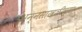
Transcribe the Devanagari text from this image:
अन्नसाखळीच्या